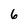
Character: 6